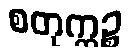
စတုက္ကဉ္စ